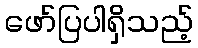
ဖော်ပြပါရှိသည့်